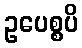
ဥပေစ္စပိ